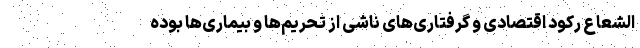
الشعاع رکود اقتصادی و گرفتاری‌های ناشی از تحریم‌ها و بیماری‌ها بوده